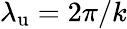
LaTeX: {\lambda_{\mathrm{u}}}=2\pi/k